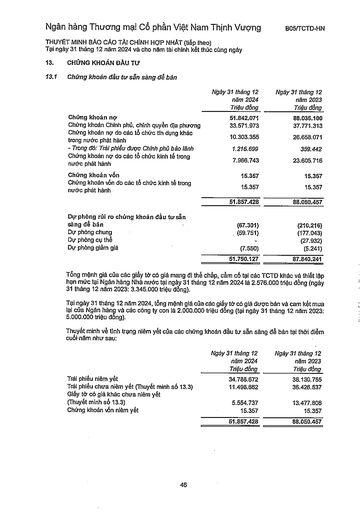
||Ngày 31 tháng 12 năm 2024 Triệu đồng|Ngày 31 tháng 12 năm 2023 Triệu đồng| |---|---|---| |Chứng khoán nợ|51.842.071|88.035.100| |Chứng khoán Chính phủ, chính quyền địa phương|33.571.973|37.771.313| |Chứng khoán nợ do các tổ chức tín dụng khác trong nước phát hành|10.303.355|26.658.071| |Trong đó: Trái phiếu được Chính phủ bảo lãnh|1.216.699|359.442| |Chứng khoán nợ do các tổ chức kinh tế trong nước phát hành|7.966.743|23.605.716| |Chứng khoán vốn|15.357|15.357| |Chứng khoán vốn do các tổ chức kinh tế trong nước phát hành|15.357|15.357| ||51.857.428|88.050.457| |Dự phòng rủi ro chứng khoán đầu tư sẵn sàng để bán|(67.301)|(210.216)| |Dự phòng chung|(59.751)|(177.043)| |Dự phòng cụ thể||(27.932)| |Dự phòng giảm giá|(7.550)|(5.241)| ||51.790.127|87.840.241| ||Ngày 31 tháng 12 năm 2024 Triệu đồng|Ngày 31 tháng 12 năm 2023 Triệu đồng| |---|---|---| |Trái phiếu niêm yết|34.788.672|38.130.755| |Trái phiếu chưa niêm yết (Thuyết minh số 13.3)|11.498.662|36.426.537| |Giấy tờ có giá khác chưa niêm yết (Thuyết minh số 13.3)|5.554.737|13.477.808| |Chứng khoán vốn niêm yết|15.357|15.357| ||51.857.428|88.050.457|